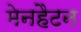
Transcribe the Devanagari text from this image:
मेनहैटन